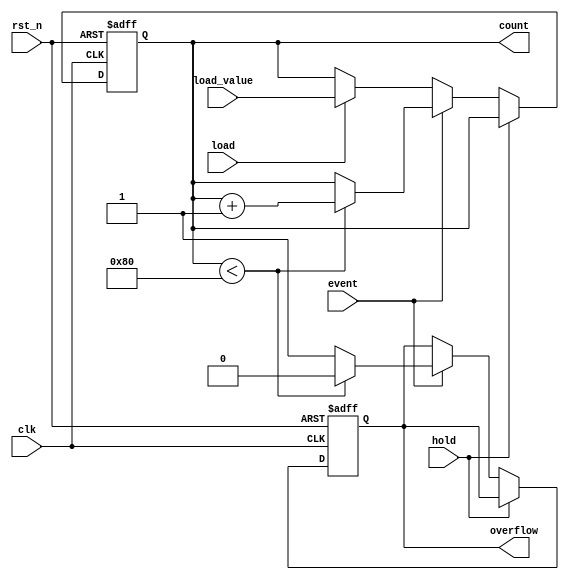
module memory_blocks_event_counter #(
    parameter COUNTER_WIDTH = 8,      // Define the width of the counter
    parameter MEMORY_SIZE = 256        // Define the size of the memory block (number of entries)
) (
    input  wire clk,                  // Clock signal
    input  wire rst_n,                // Asynchronous active-low reset signal
    input  wire hold,                 // Hold signal to pause counting
    input  wire load,                 // Load signal to load a specific value
    input  wire [COUNTER_WIDTH-1:0] load_value, // Value to load into counter
    input  wire event,                // Event input signal (e.g., clock pulses)
    output reg [COUNTER_WIDTH-1:0] count, // Current count value
    output reg overflow               // Overflow flag
);

    // Memory block to store count value
    reg [COUNTER_WIDTH-1:0] memory [0:MEMORY_SIZE-1];

    // Initialize overflow flag
    initial begin
        count = 0;
        overflow = 0;
    end

    always @(posedge clk or negedge rst_n) begin
        if (!rst_n) begin
            count <= 0;        // Reset counter to zero
            overflow <= 0;     // Clear overflow flag
        end else if (hold) begin
            // Counter holds the current value; do nothing
        end else if (event) begin
            if (count < {1'b1, {COUNTER_WIDTH-1{1'b0}}}) begin
                count <= count + 1; // Increment counter
                overflow <= 0;       // Clear overflow flag
            end else begin
                count <= count;      // Retain current count at max
                overflow <= 1;       // Set overflow flag
            end
        end else if (load) begin
            count <= load_value;    // Load value into counter
        end
    end

    // Optional: Memory write operation (example of how to write to memory)
    always @(posedge clk) begin
        memory[count] <= count; // Store current count value in memory
    end

endmodule